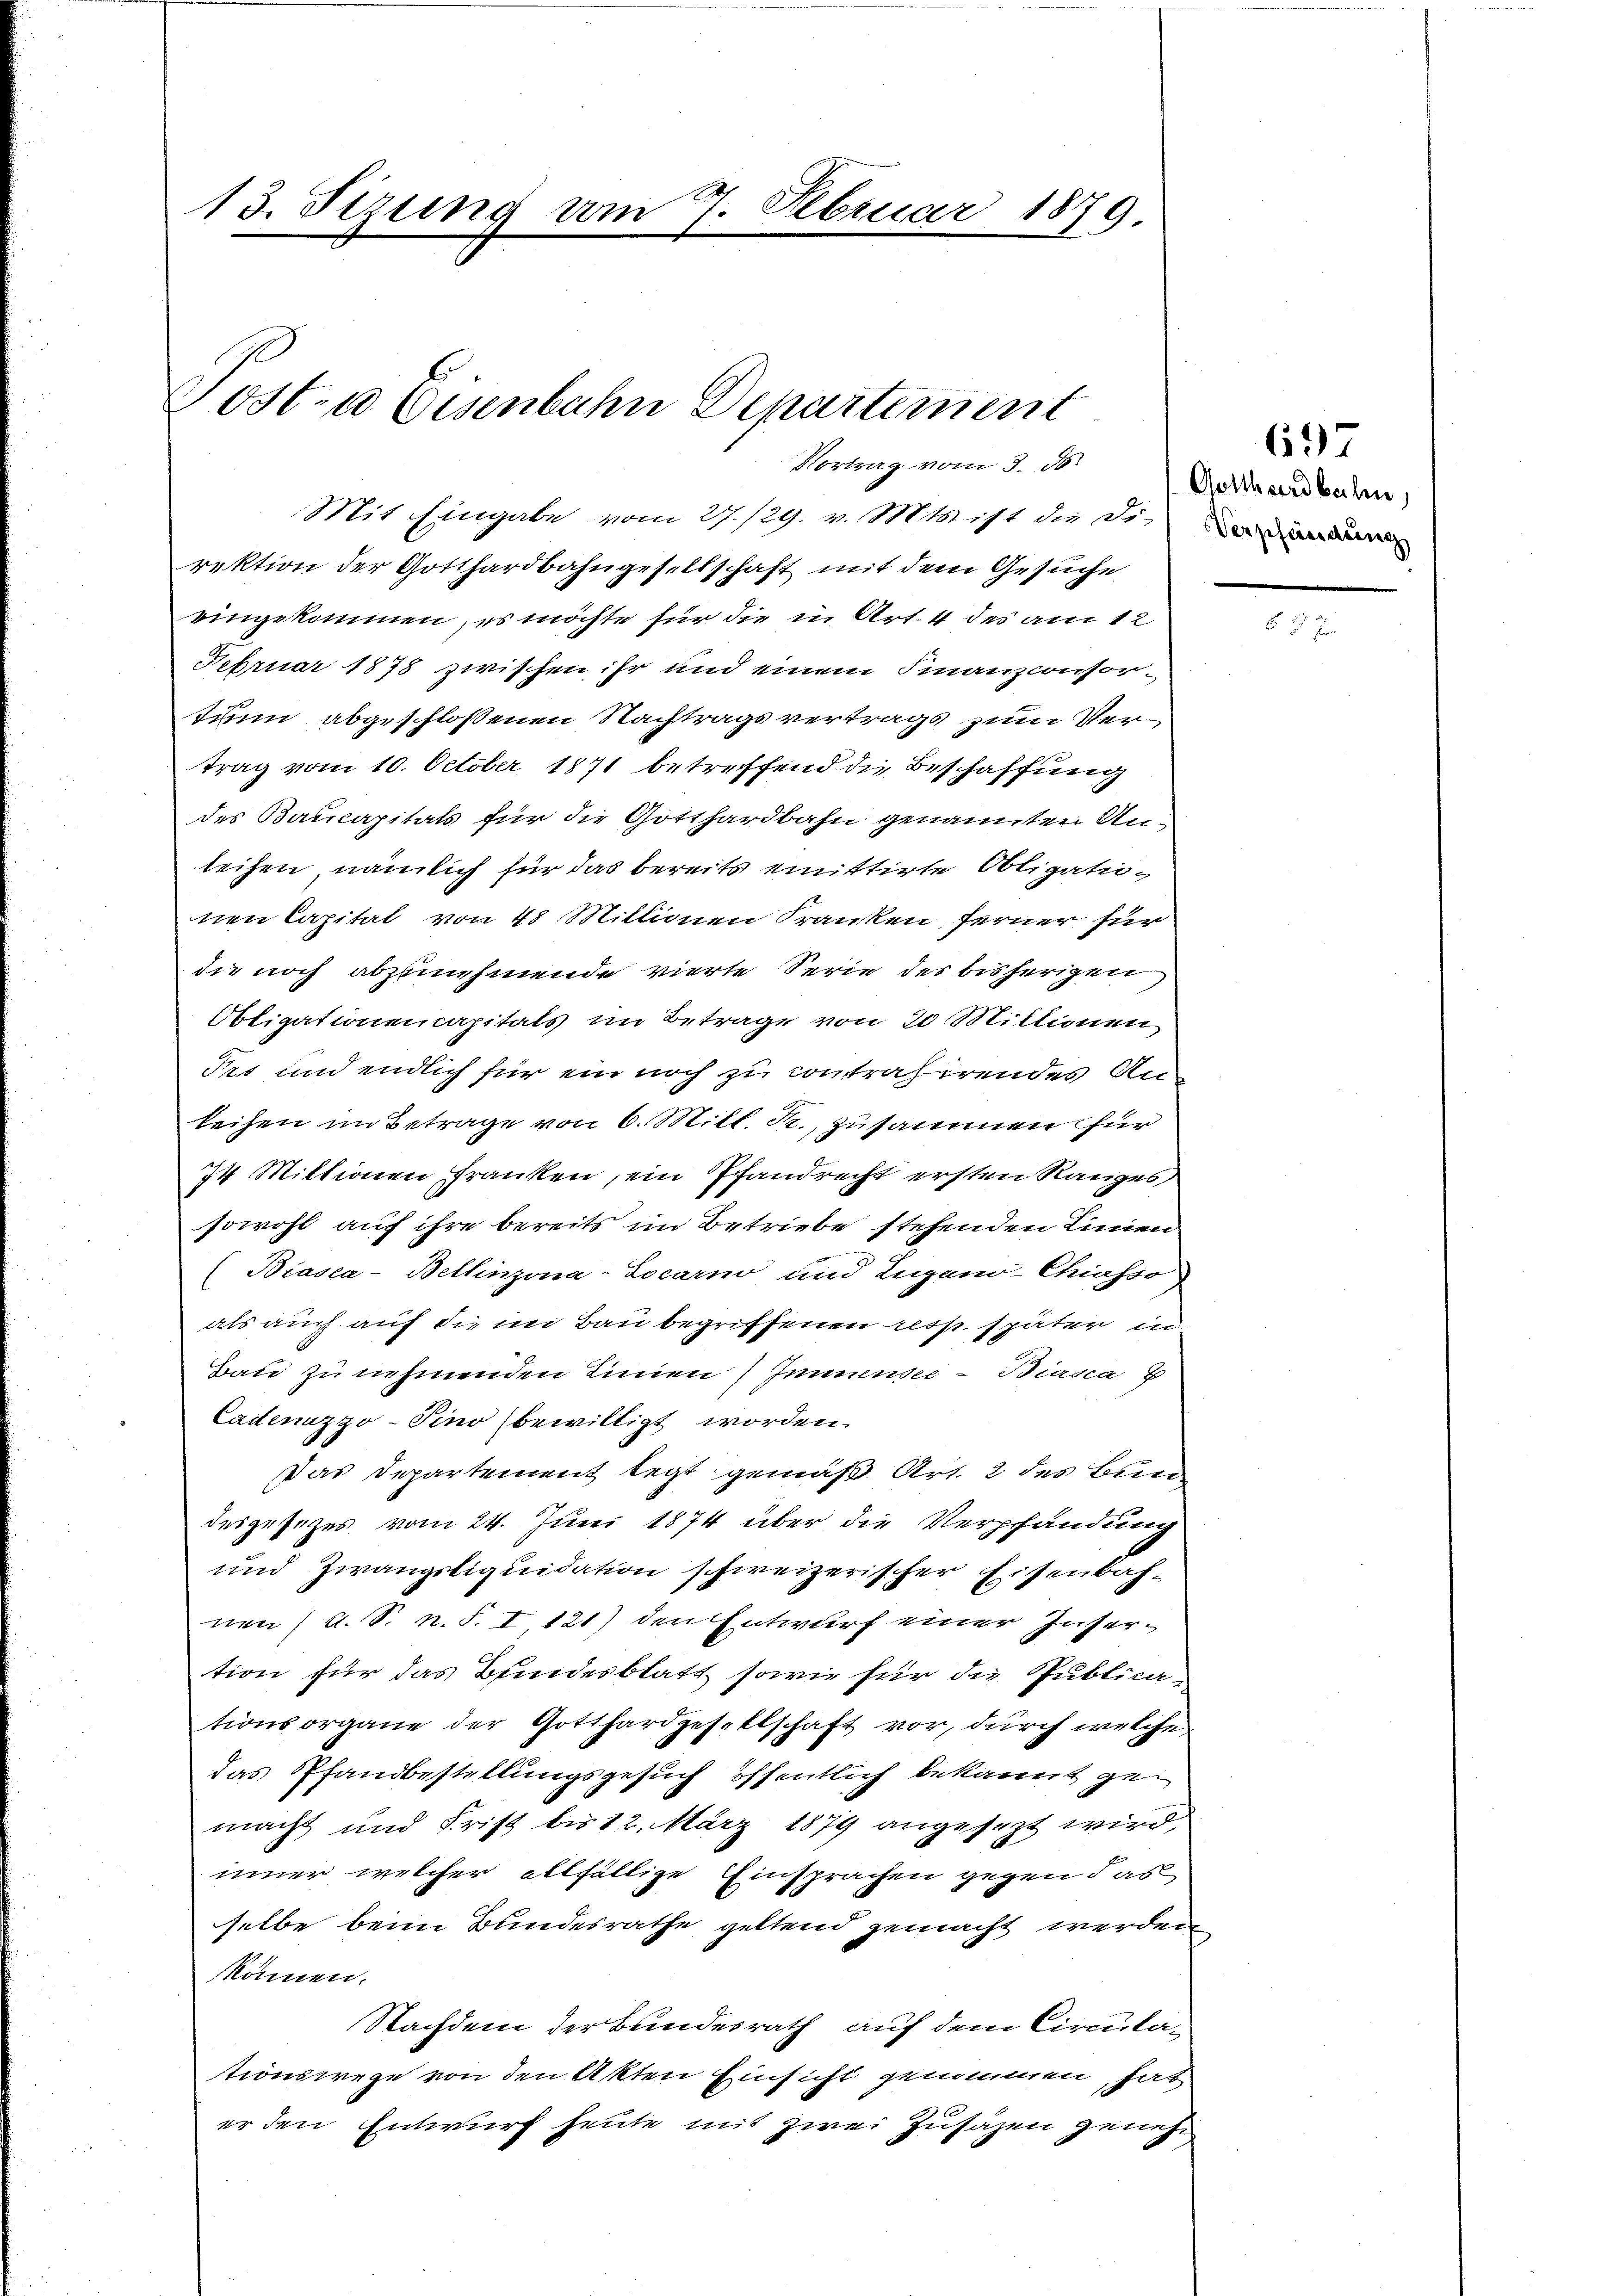
13. Sizung vom 7. Februar 1879

Post- u Eisenbahn Departement

Vortrag vom 3. ds.

Mit Eingabe vom 27./29. v. Mts. ist die die Verd
rektion der Gotthardbahngesellschaft mit dem Gesuche
eingekommen, es möchte für die in Art. 4 des am 12
Februar 1878 zwischen ihr und einem Finanzconsortium abgeschlossenen Nachtragsvertrags zum Vertrag vom 10. October 1871 betreffend die Beschaffung
des Baucapitals für die Gotthardbahn genannten Anleihen, nämlich für das bereits emittirte Obligationen Capital von 40 Millionen Kranken ferner für
die noch abzunehmende vierte Serie des bisherigen
Obligationencapitals im Betrage von 20 Millionen
Pet und endlich für ein noch zu contrahirendes Anleihen im Betrage von 6. Mill. Kr., zusammen für
74 Mittionen Franken, ein Pfandrecht ersten Ranges
sowohl auf ihre bereits im Betriebe stehenden Linien
(Biasca-Bellinzona-Locarno und Zugano-Chiasso
als auch auf die im Bau begriffenen resp. später in
Bau zu nehmenden Linien) Immensee - Biasca Z
Cadenuzzo-Sino bewilligt worden.
das Departement legt gemäß Art. 2 des Bund
desgesetzes vom 24. Juni 1874 über die Verpfändung
und Zwangsliquidation schweizerischer Eisenbahnen u. S. n. F. I 121) den Entwurf einer Insertion für das Bundesblatt sowie für die Publicationsorgane der Gotthardgesellschaft vor, durch welche
das Pfandbestellungsgesuch öffentlich bekannt gemacht und Frist bis 12. März 1879 angesezt wird,
inner welcher allfällige Einsprachen gegen das
selbe beim Bundesrathe geltend gemacht werden
können.
Nachdem der Bundesrath, auf dem Circulationswege von den Akten Einsicht genommen, hat
er den Entwurf heute mit zwei Zusagen geneh

69
Getthardbahn